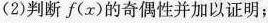
(2)判断f(x)的奇偶性并加以证明；